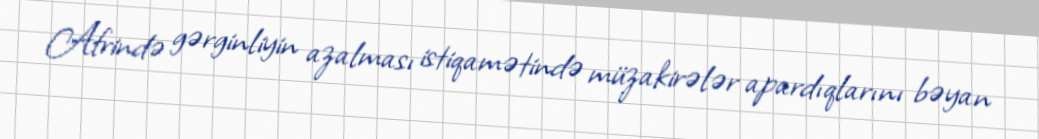
Afrində gərginliyin azalması istiqamətində müzakirələr apardıqlarını bəyan